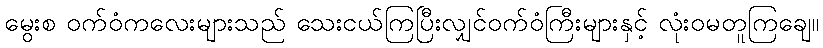
မွေးစ ဝက်ဝံကလေးများသည် သေးငယ်ကြပြီးလျှင်ဝက်ဝံကြီးများနှင့် လုံးဝမတူကြချေ။